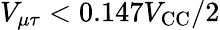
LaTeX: V_{\mu\tau}<0.147V_{\mathrm{CC}}/2